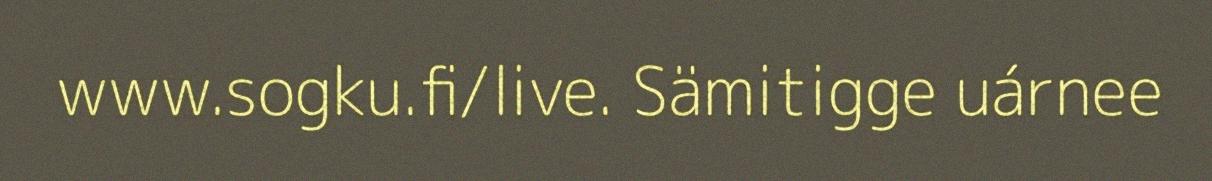
www.sogku.fi/live. Sämitigge uárnee